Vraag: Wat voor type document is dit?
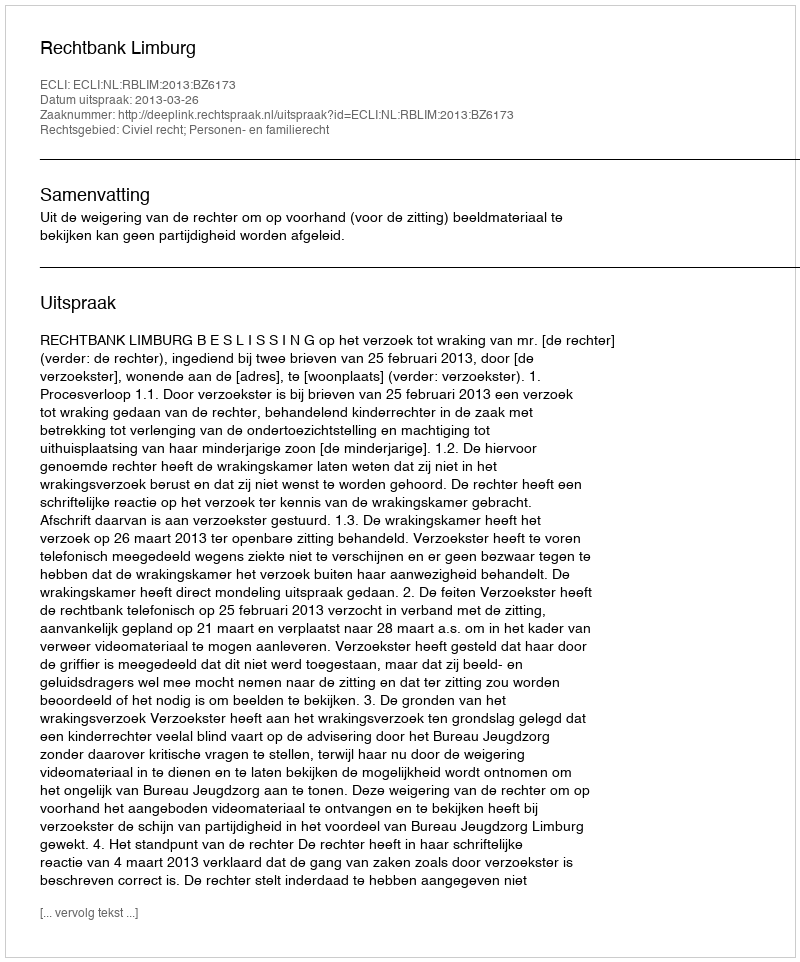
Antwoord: Uitspraak